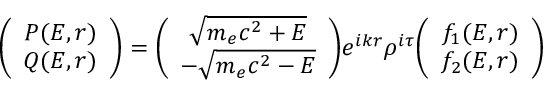
\biggl ( \begin{array} { c c } { P ( E , r ) } \\ { Q ( E , r ) } \end{array} \biggr ) = \biggl ( \begin{array} { c c } { \sqrt { m _ { e } c ^ { 2 } + E } } \\ { - \sqrt { m _ { e } c ^ { 2 } - E } } \end{array} \biggr ) e ^ { i k r } \rho ^ { i \tau } \biggl ( \begin{array} { c c } { f _ { 1 } ( E , r ) } \\ { f _ { 2 } ( E , r ) } \end{array} \biggr )